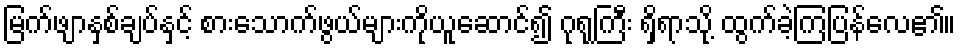
မြက်ဖျာနှစ်ချပ်နှင့် စားသောက်ဖွယ်များကိုယူဆောင်၍ ဂုရုကြီး ရှိရာသို့ ထွက်ခဲ့ကြပြန်လေ၏။